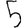
Digit: 5